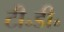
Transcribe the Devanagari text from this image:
टी॰डी॰